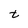
Character: t